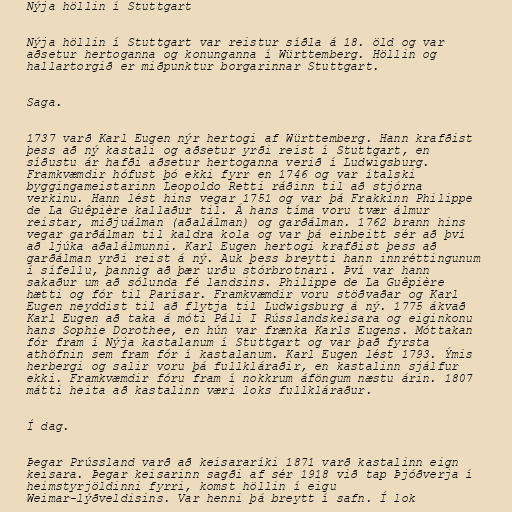
Nýja höllin í Stuttgart

Nýja höllin í Stuttgart var reistur síðla á 18. öld og var
aðsetur hertoganna og konunganna í Württemberg. Höllin og
hallartorgið er miðpunktur borgarinnar Stuttgart.

Saga.

1737 varð Karl Eugen nýr hertogi af Württemberg. Hann krafðist
þess að ný kastali og aðsetur yrði reist í Stuttgart, en
síðustu ár hafði aðsetur hertoganna verið í Ludwigsburg.
Framkvæmdir hófust þó ekki fyrr en 1746 og var ítalski
byggingameistarinn Leopoldo Retti ráðinn til að stjórna
verkinu. Hann lést hins vegar 1751 og var þá Frakkinn Philippe
de La Guêpière kallaður til. Á hans tíma voru tvær álmur
reistar, miðjuálman (aðalálman) og garðálman. 1762 brann hins
vegar garðálman til kaldra kola og var þá einbeitt sér að því
að ljúka aðalálmunni. Karl Eugen hertogi krafðist þess að
garðálman yrði reist á ný. Auk þess breytti hann innréttingunum
í sífellu, þannig að þær urðu stórbrotnari. Því var hann
sakaður um að sólunda fé landsins. Philippe de La Guêpière
hætti og fór til Parísar. Framkvæmdir voru stöðvaðar og Karl
Eugen neyddist til að flytja til Ludwigsburg á ný. 1775 ákvað
Karl Eugen að taka á móti Páli I Rússlandskeisara og eiginkonu
hans Sophie Dorothee, en hún var frænka Karls Eugens. Móttakan
fór fram í Nýja kastalanum í Stuttgart og var það fyrsta
athöfnin sem fram fór í kastalanum. Karl Eugen lést 1793. Ýmis
herbergi og salir voru þá fullkláraðir, en kastalinn sjálfur
ekki. Framkvæmdir fóru fram í nokkrum áföngum næstu árin. 1807
mátti heita að kastalinn væri loks fullkláraður.

Í dag.

Þegar Prússland varð að keisararíki 1871 varð kastalinn eign
keisara. Þegar keisarinn sagði af sér 1918 við tap Þjóðverja í
heimstyrjöldinni fyrri, komst höllin í eigu
Weimar-lýðveldisins. Var henni þá breytt í safn. Í lok